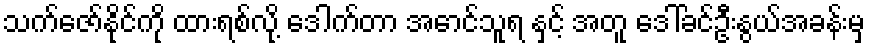
သက်ဇော်နိုင်ကို ထားရစ်လို့ ဒေါက်တာ အောင်သူရ နှင့် အတူ ဒေါ်ခင်ဦးနွယ်အခန်းမှ